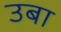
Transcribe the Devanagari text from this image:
उबा